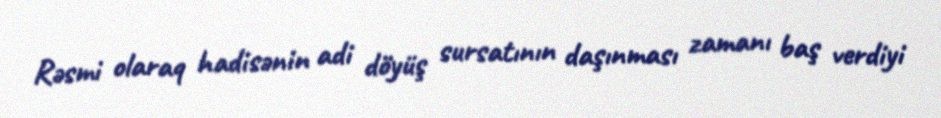
Rəsmi olaraq hadisənin adi döyüş sursatının daşınması zamanı baş verdiyi